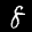
Label: 8